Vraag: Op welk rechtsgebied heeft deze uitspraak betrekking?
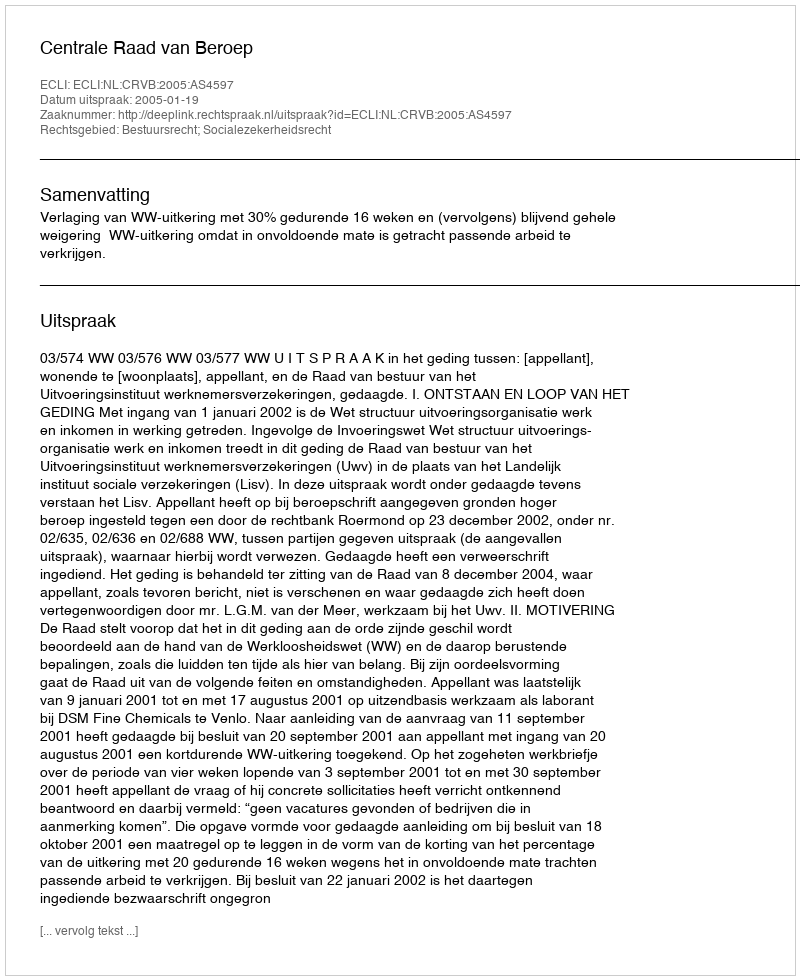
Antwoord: Bestuursrecht; Socialezekerheidsrecht